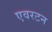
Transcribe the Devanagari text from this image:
एवरटन